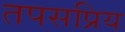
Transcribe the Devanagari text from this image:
तपसप्रिय